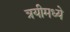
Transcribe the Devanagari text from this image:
त्रयीमध्ये